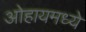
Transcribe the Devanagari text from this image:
ओहायमध्ये